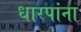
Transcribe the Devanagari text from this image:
धारपांना